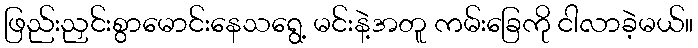
ဖြည်းညှင်းစွာမောင်းနေသရွေ့ မင်းနဲ့အတူ ကမ်းခြေကို ငါလာခဲ့မယ်။